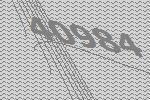
40984